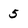
Character: 5